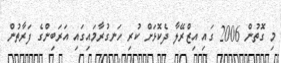
މި ގޮތުން 2006 ގައި އިޒްރޭލާ ދެކޮޅަށް ކުރި ހަނގުރާމައިގައި އަރަބިންގެ ފަރާތުން